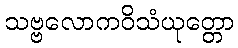
သဗ္ဗလောကဝိသံယုတ္တော